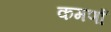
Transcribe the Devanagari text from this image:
कमर्णा